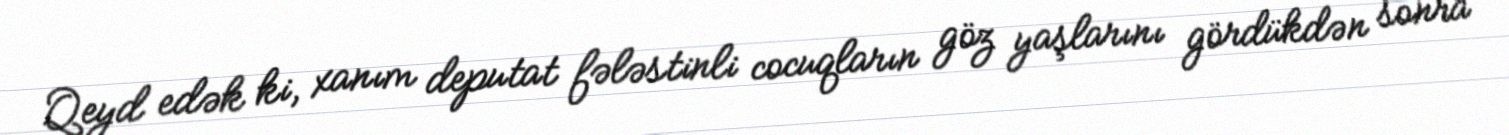
Qeyd edək ki, xanım deputat fələstinli cocuqların göz yaşlarını gördükdən sonra